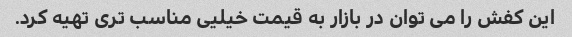
این کفش را می توان در بازار به قیمت خیلیی مناسب تری تهیه کرد.